[Report on the health of British troops in the Madras command]
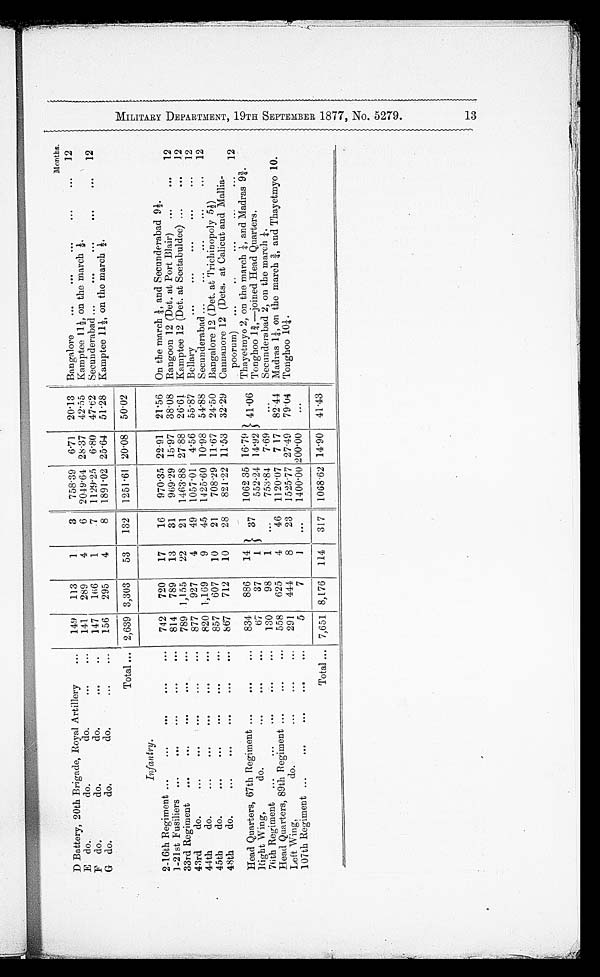
D Battery, 20th Brigade, Royal Artillery
...
149
113
1
3
758 . 39
6.71
20.13
Months
Bangalore
...
...
...
...
...
12
E do.
do.
do.
...
. . .
141
289
4
6
2049 . 64
2 8 . 3 7
42 . 55 Kamptee 11 1/2, on the march 1/2.
F do.
do.
do.
...
..
147
166
1
7
1129 . 25
6 . 80
47 . 62
Secunderabad ...
...
...
...
...
12
G do.
do.
do,
...
...
156
295
4
8
1891 . 02 25.64
51 . 28 Kamptee 11 1/2, the march 1/2.
Total ... 2,639 3,303
53
132
1251 . 61 20.08 50.02
Infantry. .
2-16th Regiment ...
...
...
...
...
742
720
17
16
970 . 35
2 2 . 9 1
21.56 On the march 1/4, and Secunderabad 9 1/2.
1-21st Fusiliers ...
...
...
...
...
814
789
13
31
969 . 29
1 5 . 9 7 38.08
Rangoon 12 (Det. at Port Blair)
...
...
12
33rd Regiment
...
...
...
...
789 1,155
22
21
1 4 6 3 . 8 8 27.88
26.61
Kamptee 12 (Det. at Seetabuldee) ...
...
12
43rd
do.
...
...
...
...
....
877
927
4
49
1057 . 01
4.56
55.87 Bellary
44th
do.
...
...
...
...
...
820 1,169
9
45
1425 . 60 10.98
54.88
Secunderabad ...
...
...
...
...
12
45th
do.
...
...
...
...
...
857
607
10
21
708.29 11.67 24.50
Bangalore 12 (Det. at Trichinopoly 5 1/2)
48th
do.
...
...
...
...
...
867
712
10
28
8 2 1 . 2 2 11 . 53
32 . 29
'
Cannanore 12 (Dets. at Calicut and Mania-
poorum)
...
..
Head Quarters, 67th Regiment ...
...
...
Right Wing,
do.
...
...
. . .
834
67
886
37
14
1
37
1062 35
5 5 2 . 2 4
16 . 79
14.92
4 1 4 1
4 1 . 0 6 Thayetmyo 2, on the march 1/4, and Madras 9 3/4.
Tonghoo 1 3/4,—joined Head Quarters.
76th Regiment ...
...
...
...
...
130
98
1
...
753.84
7 . 69
...
Secunderabad 2, on the march 1/4.
Head Quarters, 89th Regiment ...
„.
...
558
625
4
46 1120 . 07
7 17
82.44 Madras 1 1/4, on the march 3/4, and Thayetmyo 10.
Left Wing,
do.
...
...
...
291
444
8
23
1 5 2 5 . 7 7
2 7 . 4 9
7 9 . 0 4
Tonghoo 10 1/4.
107th Regiment ...
...
...
...
...
5
7
1
...
1400.00 200 . 00
...
Total ... 7,651 8,176
114
317
1 0 6 8 . 6 2 14.90
41.43
M I L T A R R Y D E P E R T M E N T ,
1 9 T H S E P T E M B E R 1 8 7 7 , N O . 5 2 7 9
13